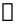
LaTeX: \mathscr{x}